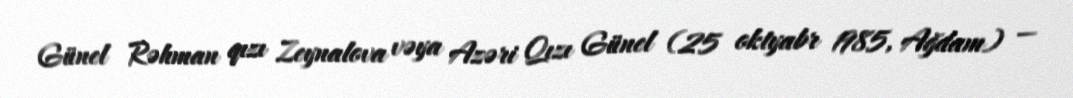
Günel Rəhman qızı Zeynalova vəya Azəri Qızı Günel (25 oktyabr 1985, Ağdam) —